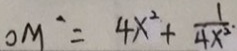
O M ^ { - } = 4 x ^ { 2 } + \frac { 1 } { 4 x ^ { 2 . } }